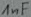
Text: 1nF